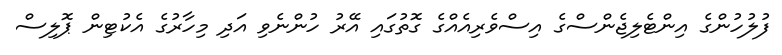
ފުލުހުންގެ އިންޓެލިޖެންސްގެ އިސްވެރިއެއްގެ ގޮތުގައި އޭރު ހުންނެވި އަދި މިހާރުގެ އެކުޓިން ޕޮލިސް